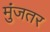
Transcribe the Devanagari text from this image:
मुंजतर